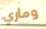
وماري